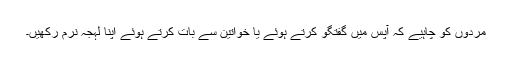
مردوں کو چاہیے کہ آپس میں گفتگو کرتے ہوئے یا خواتین سے بات کرتے ہوئے اپنا لہجہ نرم رکھیں۔